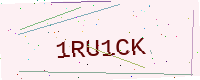
Text: 1RU1CK